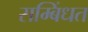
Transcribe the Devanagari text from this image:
सम्बिंधत